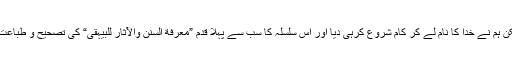
... لیکن ہم نے خدا کا نام لے کر کام شروع کرہی دیا اور اس سلسلہ کا سب سے پہلا قدم ”معرفة السنن والآثار للبیہقی“ کی تصحیح و طباعت ہے۔